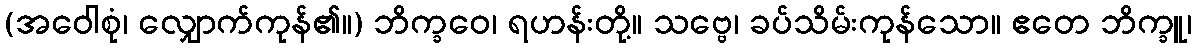
(အဝေါစုံ၊ လျှောက်ကုန်၏။) ဘိက္ခဝေ၊ ရဟန်းတို့။ သဗ္ဗေ၊ ခပ်သိမ်းကုန်သော။ ဧတေ ဘိက္ခူ၊